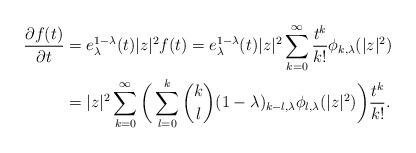
LaTeX: \begin{align*}\frac{\partial f(t)}{\partial t}&=e_{\lambda}^{1-\lambda}(t)|z|^{2}f(t)=e_{\lambda}^{1-\lambda}(t)|z|^{2}\sum_{k=0}^{\infty}\frac{t^{k}}{k!}\phi_{k,\lambda}(|z|^{2}) \\&=|z|^{2}\sum_{k=0}^{\infty}\bigg(\sum_{l=0}^{k}\binom{k}{l}(1-\lambda)_{k-l,\lambda}\phi_{l,\lambda}(|z|^{2})\bigg)\frac{t^{k}}{k!}. \end{align*}